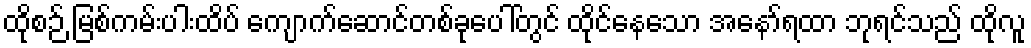
ထိုစဉ် မြစ်ကမ်းပါးထိပ် ကျောက်ဆောင်တစ်ခုပေါ်တွင် ထိုင်နေသော အနော်ရထာ ဘုရင်သည် ထိုလူ